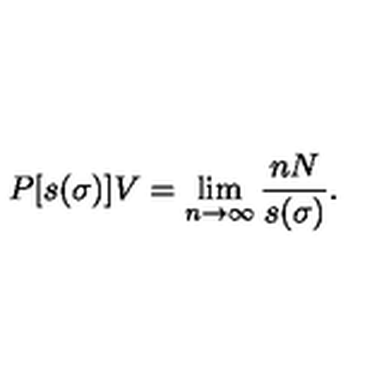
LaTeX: P [ s ( \sigma ) ] { V } = \lim _ { n \to \infty } \frac { n N } { s ( \sigma ) } .